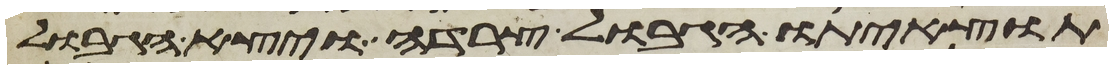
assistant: תוצאיתו הגבול צרדה ויצא הגבול